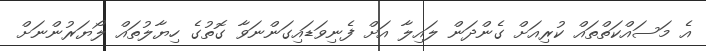
އެ މަސައްކަތްތައް ކުރިއަށް ގެންދަން ލައިލާ އަށް ފެނިވަޑައިގަންނަވާ ގޮތުގެ ހިޔާލުތައް ލޯޔަރުންނަށް